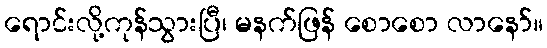
ရောင်းလို့ကုန်သွားပြီ၊ မနက်ဖြန် စောစော လာနော်။